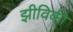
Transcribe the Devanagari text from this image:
झीविकी